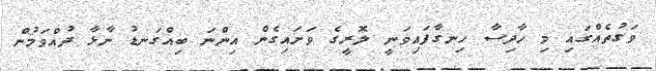
ވަގުތެއްގައި މި ހާދިސާ ހިނގާފައިވަނީ ލޮރީގެ ވަށައިގެން އިންނަ ބިއްގަނޑު ނާޅާ ދުއްވަމުން